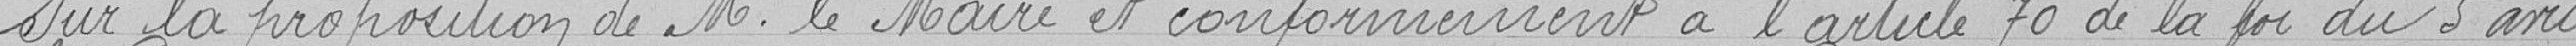
Sur la proposition de Monsieur le Maire et conformément à l'article 70 de la loi du 5 avril